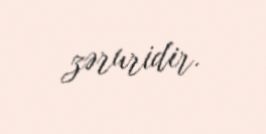
zəruridir.